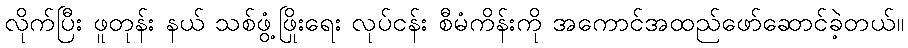
လိုက်ပြီး ဖူတုန်း နယ် သစ်ဖွံ့ဖြိုးရေး လုပ်ငန်း စီမံကိန်းကို အကောင်အထည်ဖော်ဆောင်ခဲ့တယ်။